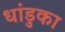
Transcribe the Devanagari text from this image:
धांडुका